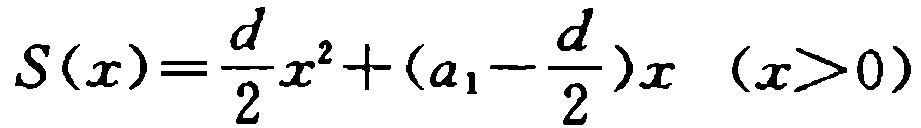
\(S(x)=\frac{d}{2}x^{2}+(a_{1}-\frac{d}{2})x\quad (x > 0)\)